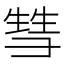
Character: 𰐤